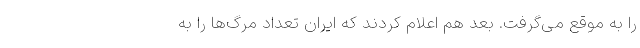
را به موقع می‌گرفت. بعد هم اعلام کردند که ایران تعداد مرگ‌ها را به